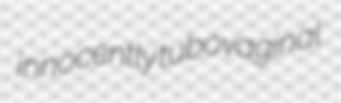
innocently tubovaginal